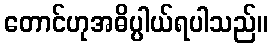
တောင်ဟုအဓိပ္ပါယ်ရပါသည်။